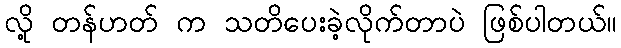
လို့ တန်ဟတ် က သတိပေးခဲ့လိုက်တာပဲ ဖြစ်ပါတယ်။